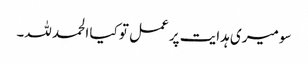
سو میری ہدایت پر عمل تو کیا الحمد للہ۔